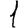
Digit: 1